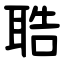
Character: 聕